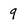
Character: 9